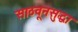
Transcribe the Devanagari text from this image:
साठवूनसुद्धा